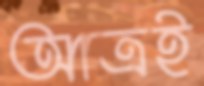
আত্রই